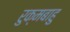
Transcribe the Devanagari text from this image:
रुक्मबाहु